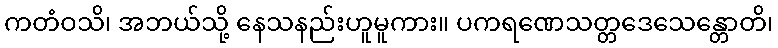
ကတံဝသိ၊ အဘယ်သို့ နေသနည်းဟူမူကား။ ပကရဏေသတ္တဒေသေန္တောတိ၊